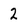
Character: 2